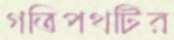
গতিপথটির